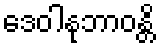
ဒေဝါနုဘာဝန္တိ